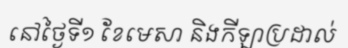
នៅថ្ងៃទី១ ខែមេសា និងកីឡាប្រដាល់